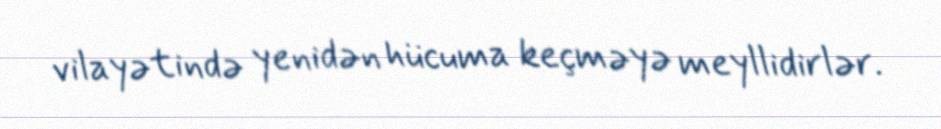
vilayətində yenidən hücuma keçməyə meyllidirlər.